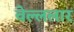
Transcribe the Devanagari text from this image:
वेल्ललार